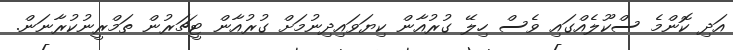
އަދި ކޮންމެ ސްކޫލެއްގައި ވެސް ހިލޭ ގުރުއާން ކިޔަވައިދިނުމަށް ގުރުއާން ޓީޗަރުން ތަމްރީނުކުރާނަން.